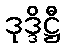
ဒုဒ္ဒိဋ္ဌီ